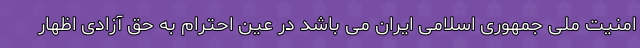
امنیت ملی جمهوری اسلامی ایران می باشد در عین احترام به حق آزادی اظهار